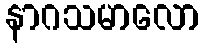
နာဂသမာလော